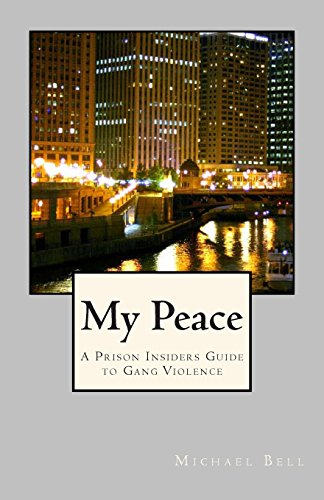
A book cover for My Peace, A Prison Insiders Approach to Teen and Gang Violence; Mr Michael Bell; Teen & Young Adult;